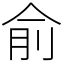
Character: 俞